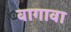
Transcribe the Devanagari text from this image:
वागावा